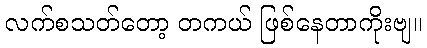
လက်စသတ်တော့ တကယ် ဖြစ်နေတာကိုးဗျ။